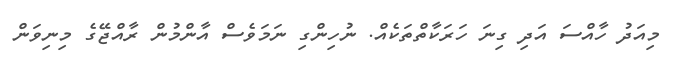
މިއަދު ހާއްސަ އަދި ގިނަ ހަރަކާތްތަކެއް. ނުހިންގި ނަމަވެސް އާންމުން ރާއްޖޭގެ މިނިވަން